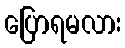
ပြောရမလား